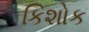
કિશોક